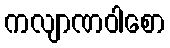
ကလျာဏဝါစော